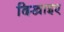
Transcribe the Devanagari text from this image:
दिखाइए